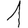
Digit: 1